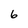
Character: 6